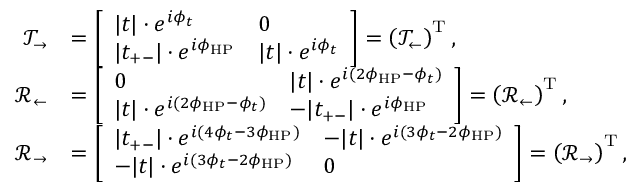
\begin{array} { r l } { \mathcal { T } _ { \rightarrow } } & { = \left[ \begin{array} { l l } { | t | \cdot e ^ { i \phi _ { t } } } & { 0 } \\ { | t _ { + - } | \cdot e ^ { i \phi _ { \mathrm { H P } } } } & { | t | \cdot e ^ { i \phi _ { t } } } \end{array} \right] = \left( \mathcal { T } _ { \leftarrow } \right) ^ { \mathrm { T } } , } \\ { \mathcal { R } _ { \leftarrow } } & { = \left[ \begin{array} { l l } { 0 } & { | t | \cdot e ^ { i ( 2 \phi _ { \mathrm { H P } } - \phi _ { t } ) } } \\ { | t | \cdot e ^ { i ( 2 \phi _ { \mathrm { H P } } - \phi _ { t } ) } } & { - | t _ { + - } | \cdot e ^ { i \phi _ { \mathrm { H P } } } } \end{array} \right] = \left( \mathcal { R } _ { \leftarrow } \right) ^ { \mathrm { T } } , } \\ { \mathcal { R } _ { \rightarrow } } & { = \left[ \begin{array} { l l } { | t _ { + - } | \cdot e ^ { i ( 4 \phi _ { t } - 3 \phi _ { \mathrm { H P } } ) } } & { - | t | \cdot e ^ { i ( 3 \phi _ { t } - 2 \phi _ { \mathrm { H P } } ) } } \\ { - | t | \cdot e ^ { i ( 3 \phi _ { t } - 2 \phi _ { \mathrm { H P } } ) } } & { 0 } \end{array} \right] = \left( \mathcal { R } _ { \rightarrow } \right) ^ { \mathrm { T } } , } \end{array}